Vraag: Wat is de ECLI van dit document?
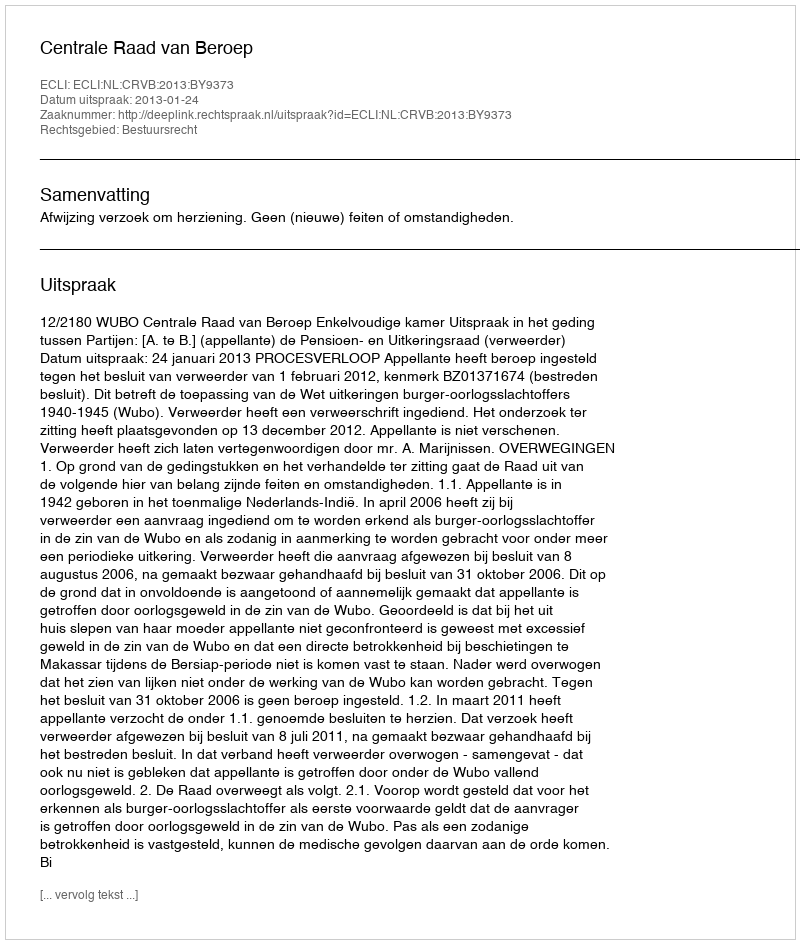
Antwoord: ECLI:NL:CRVB:2013:BY9373